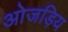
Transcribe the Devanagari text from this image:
ओजड़िय